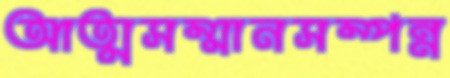
আত্মসম্মানসম্পন্ন